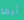
أيها